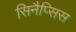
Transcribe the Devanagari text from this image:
सिनैप्सिस